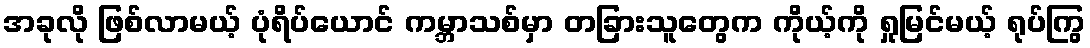
အခုလို ဖြစ်လာမယ့် ပုံရိပ်ယောင် ကမ္ဘာသစ်မှာ တခြားသူတွေက ကိုယ့်ကို ရှုမြင်မယ့် ရုပ်ကြွ